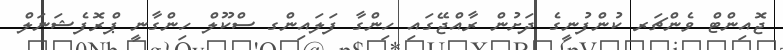
ޖޮއިންޓް ވެންޗަރ ކުންފުނީގެ ދަށުން ރާއްޖޭގައި ހިންގާ ފަލައިންގ ސްކޫލް ހިންގާނީ ޕްރޮފެޝަނަލް